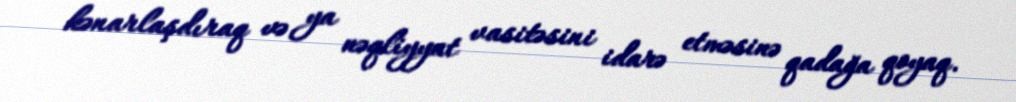
kənarlaşdıraq və ya nəqliyyat vasitəsini idarə etməsinə qadağa qoyaq.